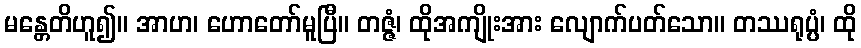
မန္တေတိဟူ၍။ အာဟ၊ ဟောတော်မူပြီ။ တဇ္ဇံ၊ ထိုအကျိုးအား လျောက်ပတ်သော။ တဿရုပ္ပံ၊ ထို